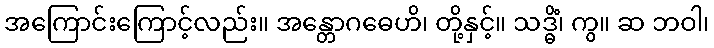
အကြောင်းကြောင့်လည်း။ အန္တောဂဓေဟိ၊ တို့နှင့်။ သဒ္ဓိံ၊ ကွ။ ဆ ဘဝါ၊